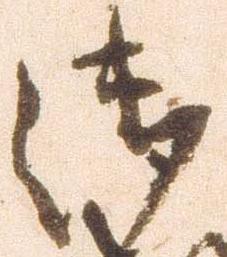
御